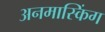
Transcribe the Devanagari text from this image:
अनमास्किंग